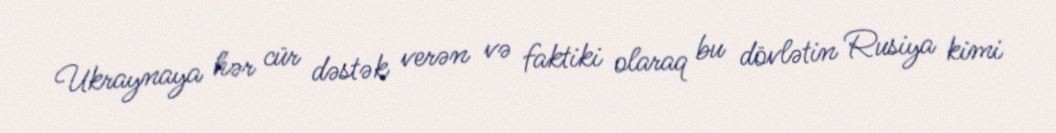
Ukraynaya hər cür dəstək verən və faktiki olaraq bu dövlətin Rusiya kimi